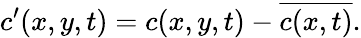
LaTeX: c^{\prime}(x,y,t)=c(x,y,t)-\overline{{c(x,t)}}.